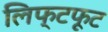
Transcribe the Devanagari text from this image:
लिफ्टफूट